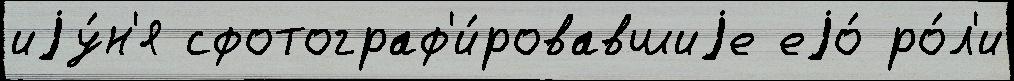
иjу́н'я сфотограф'и́ровавшиjе еjо́ ро́л'и